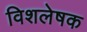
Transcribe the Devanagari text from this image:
विशलेषक